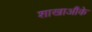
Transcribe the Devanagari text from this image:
शाखाऔंके